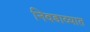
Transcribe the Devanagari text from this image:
निवडाव्यात